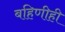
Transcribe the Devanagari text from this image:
बहिणीही